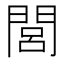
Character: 閭